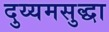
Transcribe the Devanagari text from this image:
दुय्यमसुद्धा